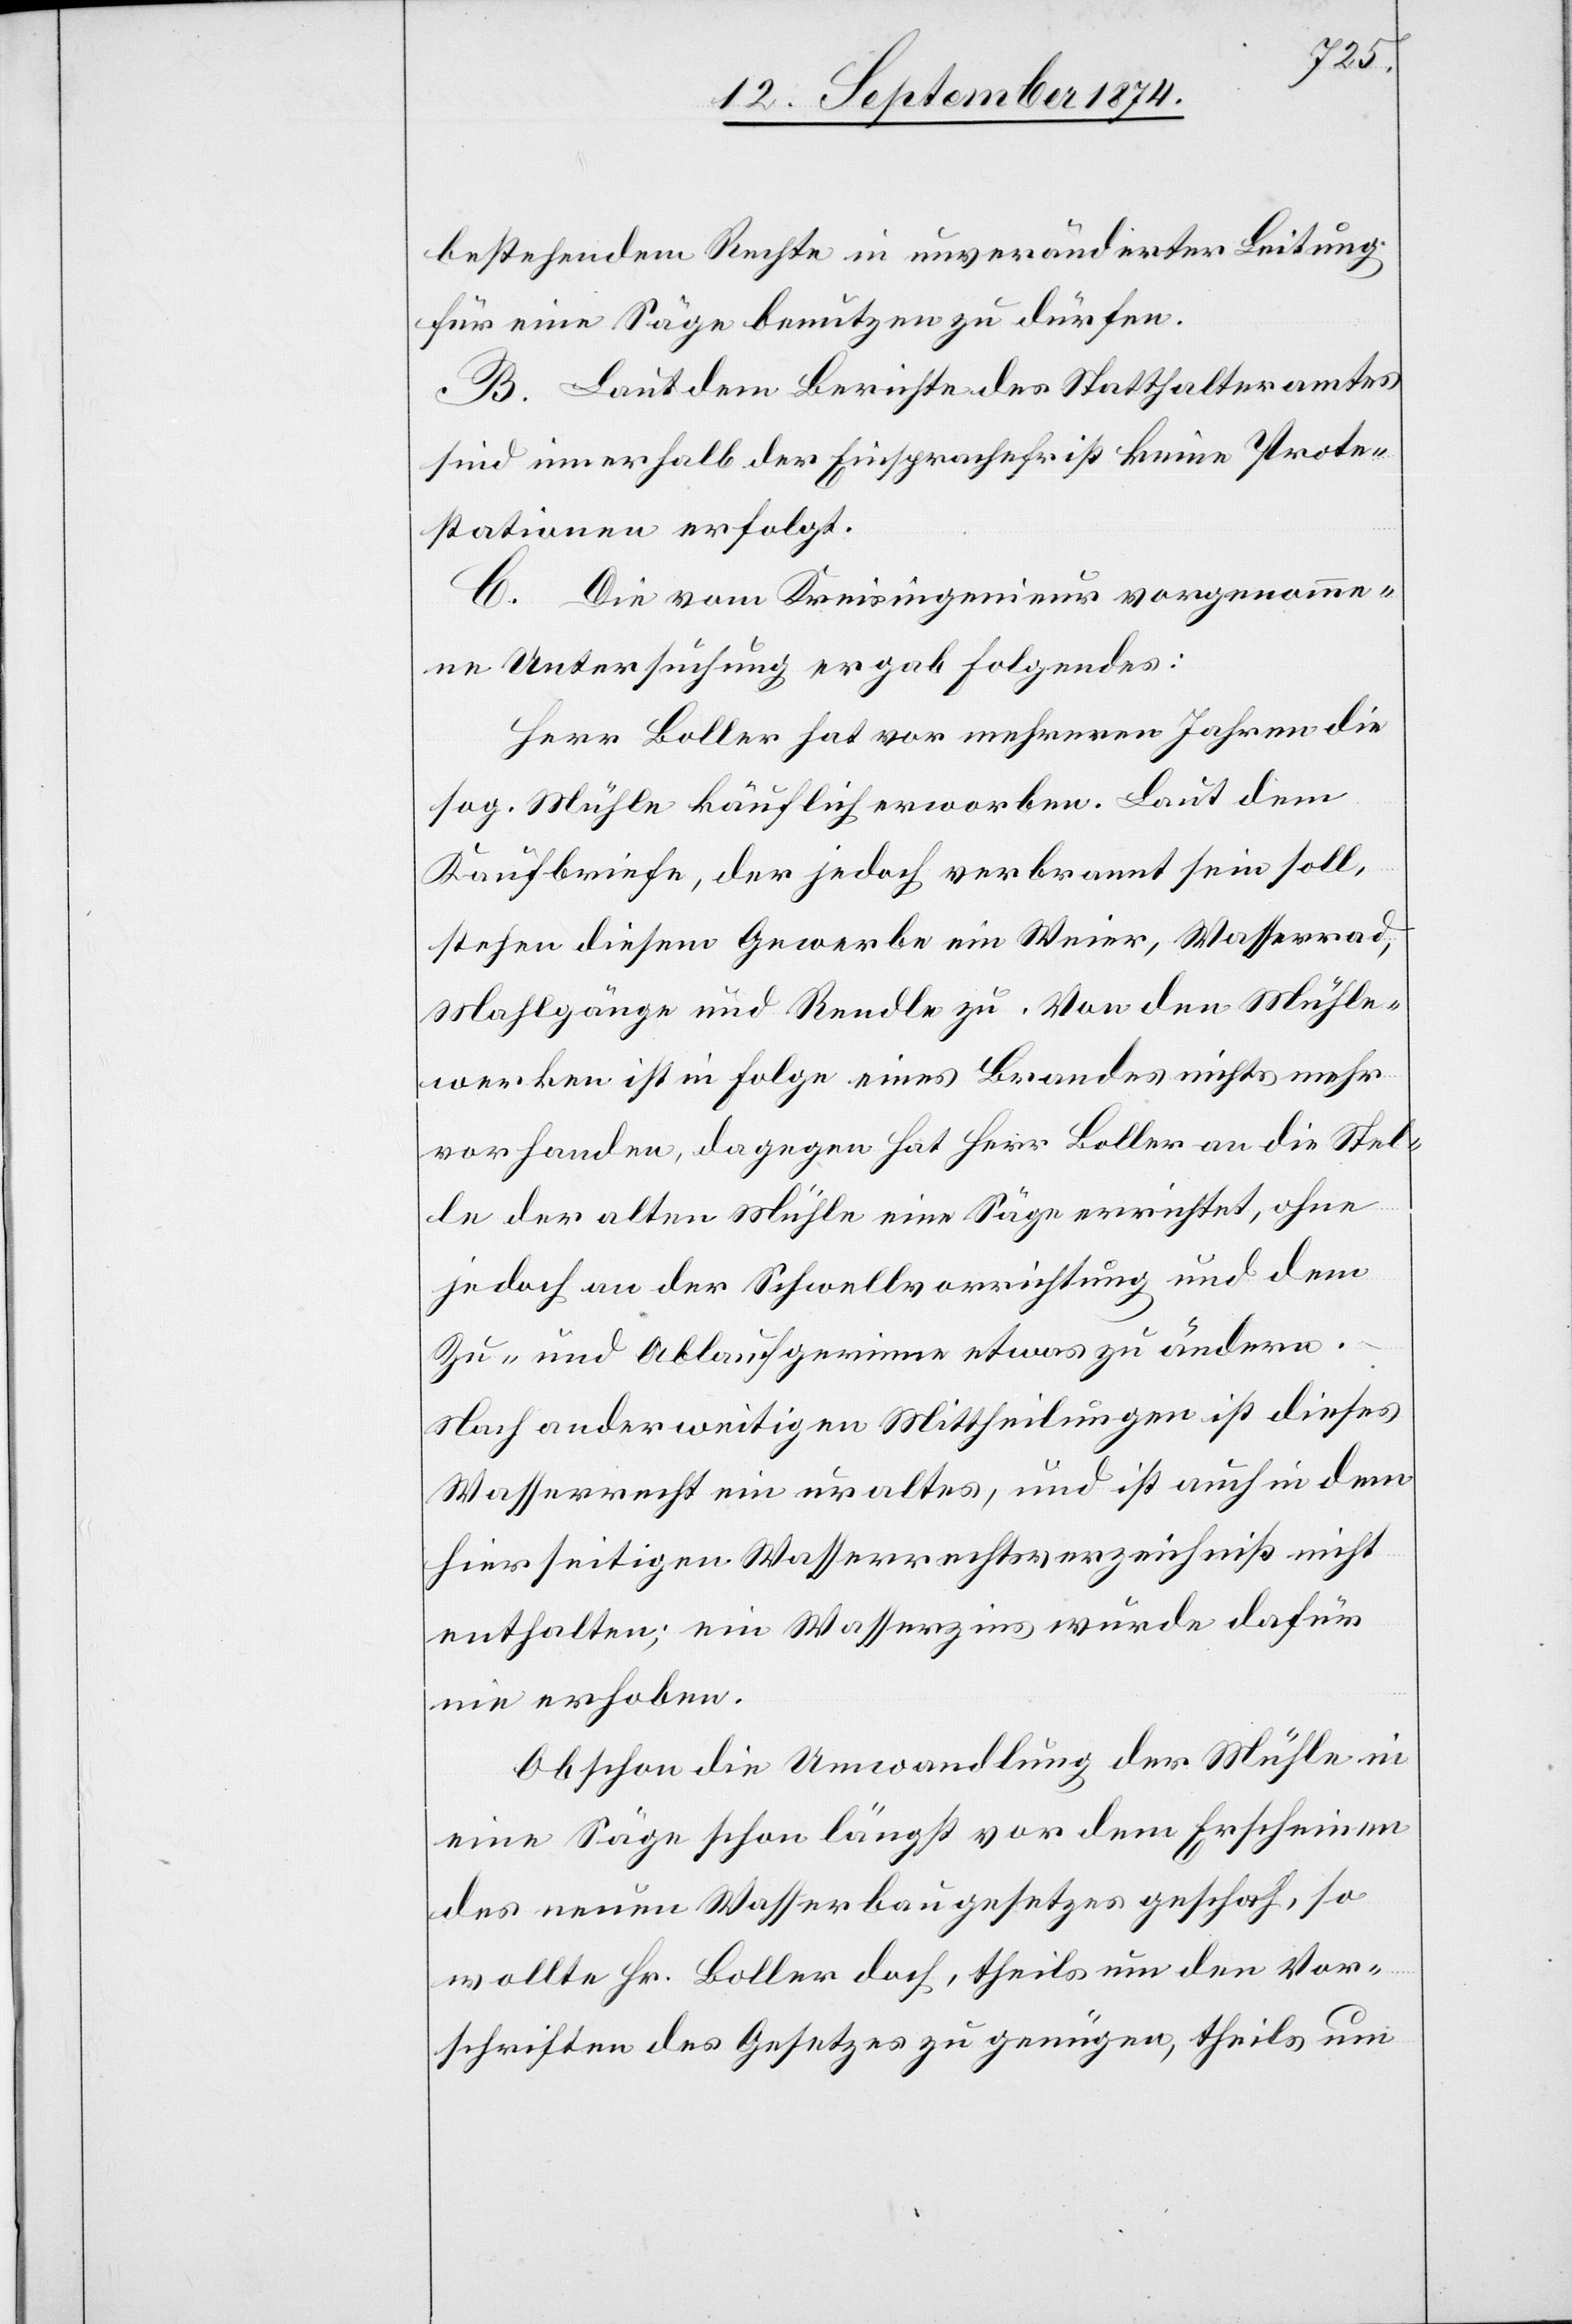
bestehendem Rechte in unveränderter Leitung
für eine Säge benutzen zu dürfen.
B. Laut dem Berichte des Statthalteramtes
sind innerhalb der Einsprachefrist keine Prote¬
stationen erfolgt.
C. Die vom Kreisingenieur vorgenomme¬
ne Untersuchung ergab Folgendes:
Herr Boller hat vor mehreren Jahren die
sog. Mühle käuflich erworben. Laut dem
Kaufbriefe, der jedoch verbrannt sein soll,
stehen diesem Gewerbe ein Weier, Wasserrad,
Mahlgänge und Rendle zu. Von den Mühle¬
werken ist in Folge eines Brandes nichts mehr
vorhanden, dagegen hat Herr Boller an die Stel¬
le der alten Mühle eine Säge errichtet, ohne
jedoch an der Schwellvorrichtung und dem
Zu- und Ablaufgerinne etwas zu ändern.
Nach anderweitigen Mittheilung ist dieses
Wasserrecht ein uraltes, und ist auch in dem
hierseitigen Wasserrechtsverzeichniß nicht
enthalten; ein Wasserzins wurde dafür
nie erhoben.
Obschon die Umwandlung der Mühle in
eine Säge schon längst vor dem Erscheinen
des neuen Wasserbaugesetzes geschah, so
wollte Hr. Boller doch, theils um den Vor¬
schriften des Gestzes zu genügen, theils um